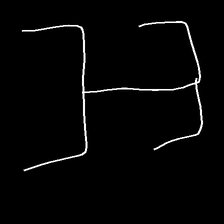
Glyph: entwine